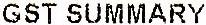
GST SUMMARY